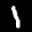
Label: 1